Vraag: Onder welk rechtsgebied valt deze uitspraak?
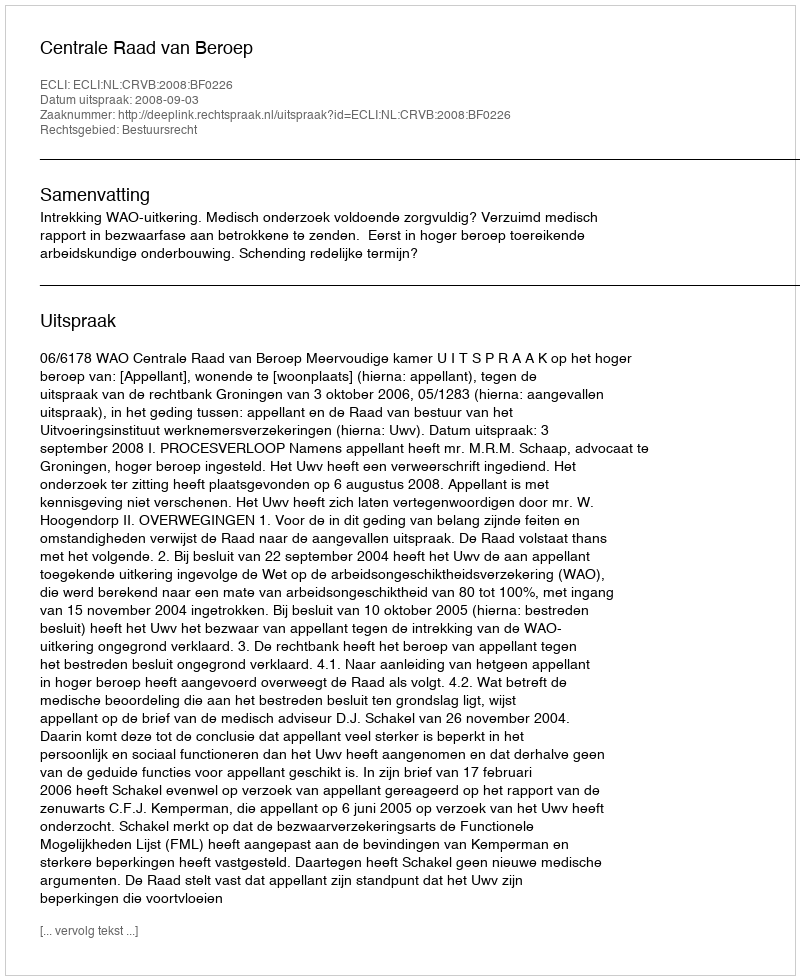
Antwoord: Bestuursrecht